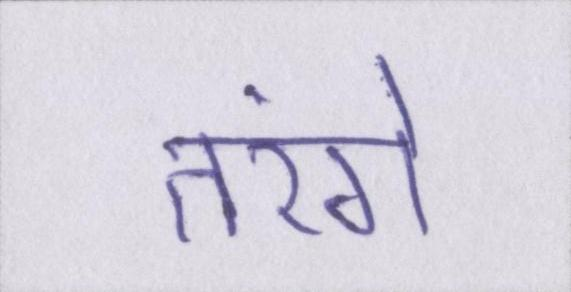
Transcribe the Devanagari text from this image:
तरंगे